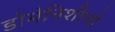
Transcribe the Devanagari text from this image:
डोमेनिशीनो